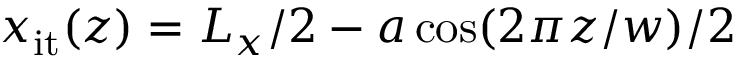
x _ { \mathrm { i t } } ( z ) = L _ { x } / 2 - a \cos ( 2 \pi z / w ) / 2